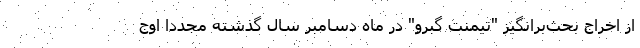
از اخراج بحث‌برانگیز "تیمنت گبرو" در ماه دسامبر سال گذشته مجددا اوج